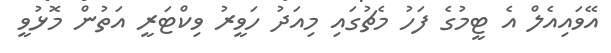
އޭވައިއެލް އެ ޓީމުގެ ފަހު މެޗުގައި މިއަދު ހަވީރު ވިކްޓަރީ އަތުން މޮޅުވީ